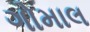
ગોમાલ